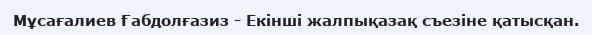
Мұсағалиев Ғабдолғазиз - Екінші жалпықазақ съезіне қатысқан.